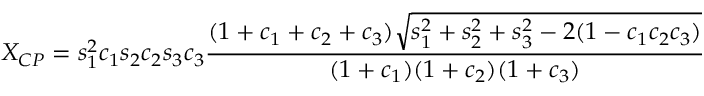
X _ { C P } = s _ { 1 } ^ { 2 } c _ { 1 } s _ { 2 } c _ { 2 } s _ { 3 } c _ { 3 } \frac { ( 1 + c _ { 1 } + c _ { 2 } + c _ { 3 } ) \sqrt { s _ { 1 } ^ { 2 } + s _ { 2 } ^ { 2 } + s _ { 3 } ^ { 2 } - 2 ( 1 - c _ { 1 } c _ { 2 } c _ { 3 } ) } } { ( 1 + c _ { 1 } ) ( 1 + c _ { 2 } ) ( 1 + c _ { 3 } ) }